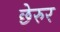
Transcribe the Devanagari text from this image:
छेरुर